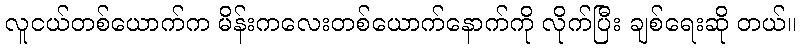
လူငယ်တစ်ယောက်က မိန်းကလေးတစ်ယောက်နောက်ကို လိုက်ပြီး ချစ်ရေးဆို တယ်။